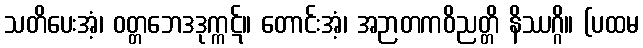
သတိပေးအံ့၊ ဝတ္တဘေဒဒုက္ကဋ်။ တောင်းအံ့၊ အဉာတကဝိညတ္တိ နိဿဂ္ဂိ။ (ပထမ